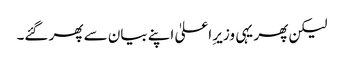
لیکن پھر یہی وزیرِ اعلیٰ اپنے بیان سے پھر گئے۔